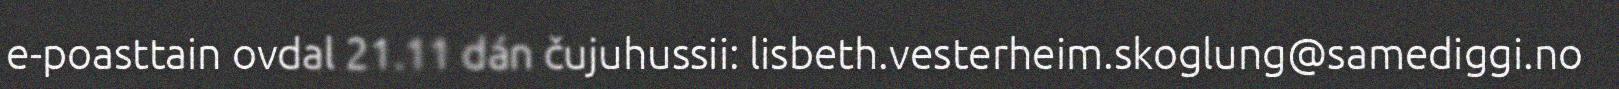
e-poasttain ovdal 21.11 dán čujuhussii: lisbeth.vesterheim.skoglung@samediggi.no